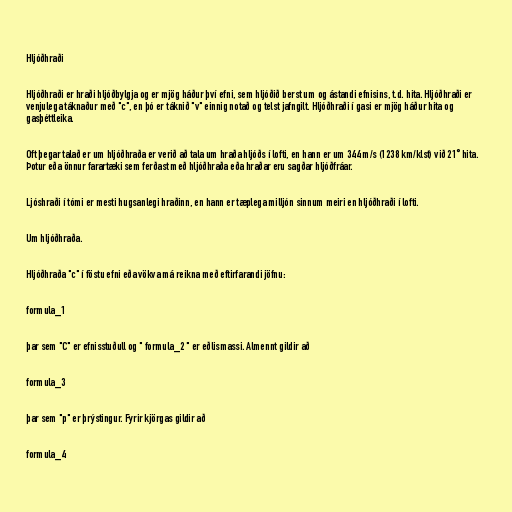
Hljóðhraði

Hljóðhraði er hraði hljóðbylgja og er mjög háður því efni, sem hljóðið berst um og ástandi efnisins, t.d. hita. Hljóðhraði er
venjulega táknaður með "c", en þó er táknið "v" einnig notað og telst jafngilt. Hljóðhraði í gasi er mjög háður hita og
gasþéttleika.

Oft þegar talað er um hljóðhraða er verið að tala um hraða hljóðs í lofti, en hann er um 344 m/s (1238 km/klst) við 21° hita.
Þotur eða önnur farartæki sem ferðast með hljóðhraða eða hraðar eru sagðar hljóðfráar.

Ljóshraði í tómi er mesti hugsanlegi hraðinn, en hann er tæplega milljón sinnum meiri en hljóðhraði í lofti.

Um hljóðhraða.

Hljóðhraða "c" í föstu efni eða vökva má reikna með eftirfarandi jöfnu:

formula_1

þar sem "C" er efnisstuðull og " formula_2 " er eðlismassi. Almennt gildir að

formula_3

þar sem "p" er þrýstingur. Fyrir kjörgas gildir að

formula_4